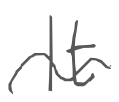
Text: It
Cross-out: wave
Writing tool: digital_gray